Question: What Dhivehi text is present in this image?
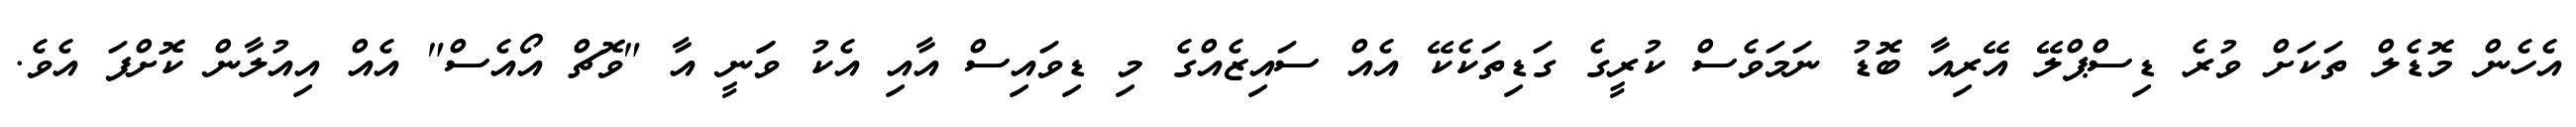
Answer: އެހެން މޮޑެލް ތަކަށް ވުރެ ޑިސްޕްލޭ އޭރިއާ ބޮޑު ނަމަވެސް ކުރީގެ ގަޑިތަކެކޭ އެއް ސައިޒެއްގެ މި ޑިވައިސް އާއި އެކު ވަަނީ އާ "ވޮޗް އޯއެސް" އެއް އިއުލާން ކޮށްފަ އެވެ.